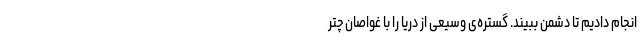
انجام دادیم تا دشمن ببیند. گستره‌ی وسیعی از دریا را با غواصان چتر